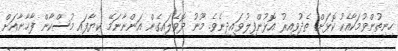
ހިނިތުންވުމަކާއެކު ކޮޅަށް ތެދުވިއިރު އޮޅުންފިލުވައިދިނެވެ. މޫނު ދޮވެލައިގެން އަންނާނަމޭ ކިޔާފައި މުސްކާން ފާޚާނާއަށް